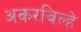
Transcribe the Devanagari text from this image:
अकरविल्हे